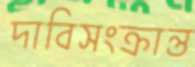
দাবিসংক্রান্ত